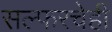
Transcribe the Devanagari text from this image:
सल्फरचेही